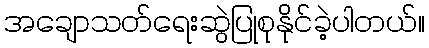
အချောသတ်ရေးဆွဲပြုစုနိုင်ခဲ့ပါတယ်။